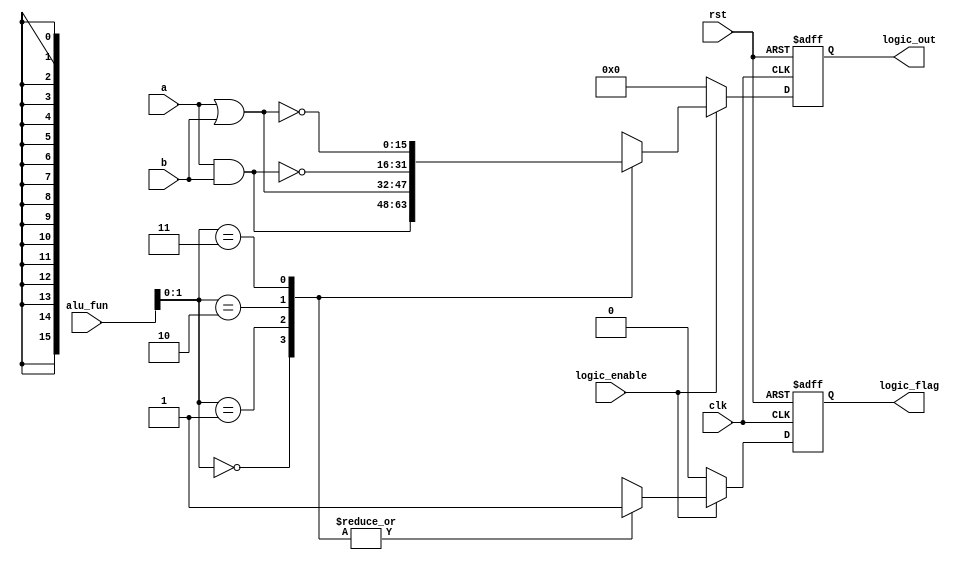
module LOGIC_UNIT #(parameter width = 16)
  (
  input wire [width-1:0] a, b ,
  input wire [3:0] alu_fun ,
  input wire clk , logic_enable , rst ,
  output reg [width-1:0] logic_out ,
  output reg logic_flag
  );
  
  always @ (posedge clk or negedge rst )
  if (!rst)
    begin
    logic_out <='b0;
    logic_flag <=1'b0;
    end
    else
    begin
      if (logic_enable)
        begin
        casex (alu_fun)
        'bxx00 : 
        begin
        logic_out <= a & b ;
        logic_flag <=1'b1;
        end
        'bxx01 : 
        begin
        logic_out <= a | b ;
        logic_flag <=1'b1;
        end
        'bxx10 : 
        begin
        logic_out <= ~(a & b) ;
        logic_flag <=1'b1;
        end
        'bxx11 : 
        begin
        logic_out <= ~(a | b) ;
        logic_flag <=1'b1;
        end
        default :
        begin 
          logic_out <= 'b0;
          logic_flag <= 1'b0;
        end
      endcase
    end
    else
      begin
      logic_out <='b0;
      logic_flag<= 1'b0;
    end
  end 
  endmodule